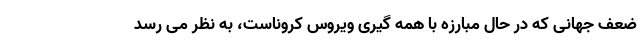
ضعف جهانی که در حال مبارزه با همه گیری ویروس کروناست، به نظر می رسد